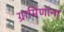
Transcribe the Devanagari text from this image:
ग्रामिणांना